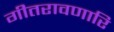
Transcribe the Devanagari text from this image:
गीतरावणारि